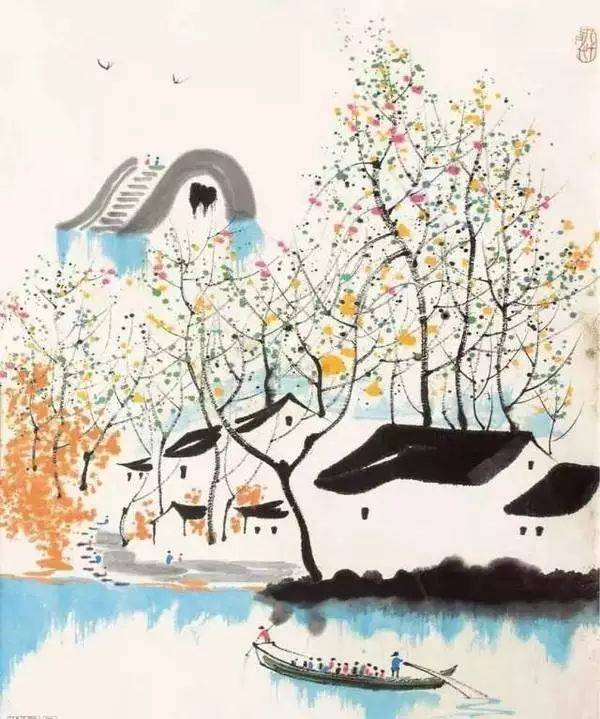
形胜三分国，波流万世功。